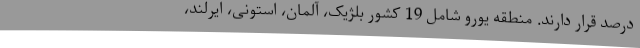
درصد قرار دارند. منطقه یورو شامل 19 کشور بلژیک، آلمان، استونی، ایرلند،